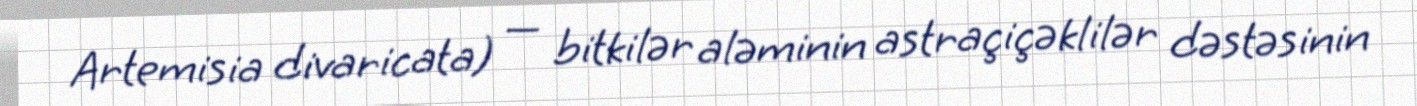
Artemisia divaricata) — bitkilər aləminin astraçiçəklilər dəstəsinin